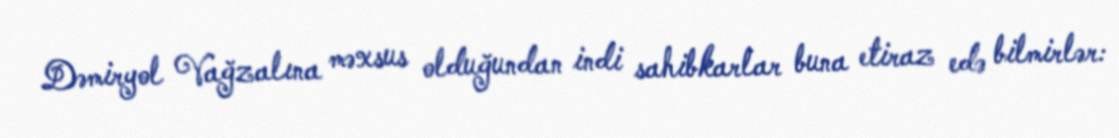
Dəmiryol Vağzalına məxsus olduğundan indi sahibkarlar buna etiraz edə bilmirlər: